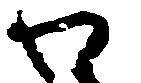
わ